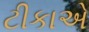
ટીકાએ